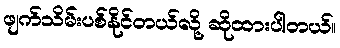
ဖျက်သိမ်းပစ်နိုင်တယ်လို့ ဆိုထားပါတယ်။